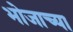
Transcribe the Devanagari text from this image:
भोजाच्या